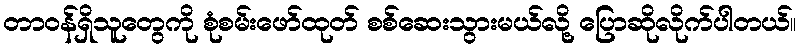
တာဝန်ရှိသူတွေကို စုံစမ်းဖော်ထုတ် စစ်ဆေးသွားမယ်လို့ ပြောဆိုလိုက်ပါတယ်။